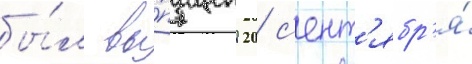
бы́л вы́пущен 20 с'ент'ябр'я́